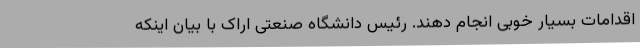
اقدامات بسیار خوبی انجام دهند. رئیس دانشگاه صنعتی اراک با بیان اینکه